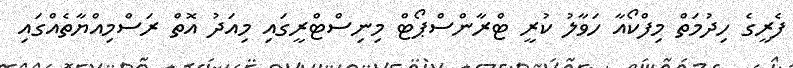
ފެރީގެ ހިދުމަތް މިފްކޯއާ ހަވާލު ކުރީ ޓްރާންސްޕޯޓް މިނިސްޓްރީގައި މިއަދު އޮތް ރަސްމިއްޔާތެއްގައި